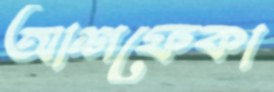
আশফেকা